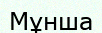
Мұнша